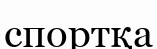
спортқа